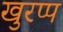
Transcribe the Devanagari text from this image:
खुरप्प